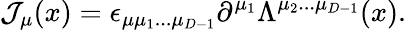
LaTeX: {\cal J}_{\mu}(x)=\epsilon_{\mu\mu_{1}...\mu_{D-1}}\partial^{\mu_{1}}\Lambda^{\mu_{2}...\mu_{D-1}}(x).